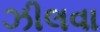
ઝીલવા